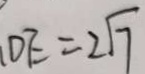
D E = 2 \sqrt { 7 }